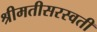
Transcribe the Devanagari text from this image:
श्रीमतीसरस्‍वती